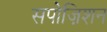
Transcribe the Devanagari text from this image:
सपोज़िशन